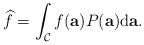
LaTeX: \begin{align*}\widehat{f} = \int_{\mathcal C} f(\mathbf a) P(\mathbf a) \textrm{d}\mathbf a.\end{align*}